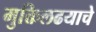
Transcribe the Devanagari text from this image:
मुक्तिलढयाचे